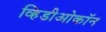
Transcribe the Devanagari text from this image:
व्हिडीओकॉन